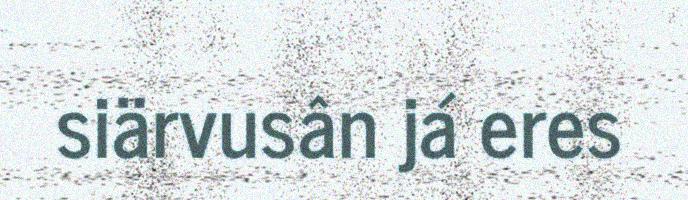
siärvusân já eres